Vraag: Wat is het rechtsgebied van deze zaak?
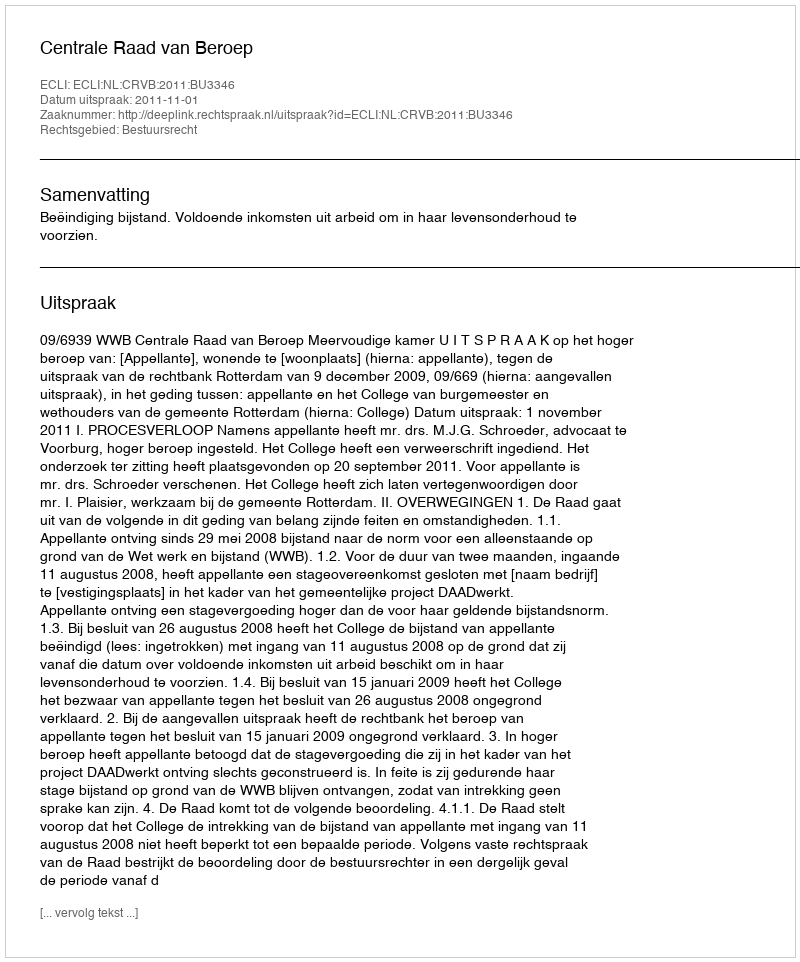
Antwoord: Bestuursrecht